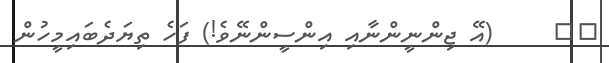
٣٤     (އޭ ޖިންނީންނާއި އިންސީންނޭވެ!) ފަހެ ތިޔަދެބައިމީހުން